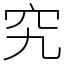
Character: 究